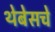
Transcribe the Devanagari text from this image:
थेबेसचे